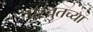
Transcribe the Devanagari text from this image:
प्रस्तुतच्या